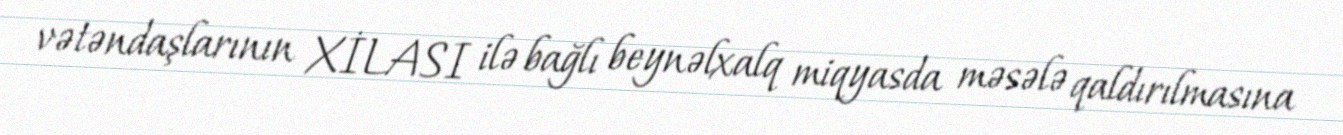
vətəndaşlarının XİLASI ilə bağlı beynəlxalq miqyasda məsələ qaldırılmasına